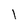
Character: 1